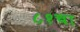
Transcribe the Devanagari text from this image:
८१चा